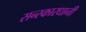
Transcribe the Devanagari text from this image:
सन्स्कारधानी